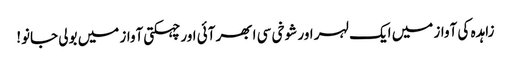
زاہدہ کی آواز میں ایک لہر اور شوخی سی ابھر آئی اور چہکتی آواز میں بولی جانو!